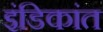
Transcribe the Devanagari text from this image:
इंडिकांत